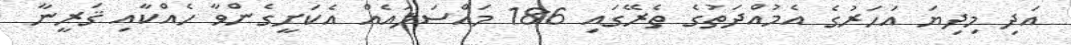
އަދި މިދިޔަ އަހަރުގެ އެމުއްދަތުގެ ތެރޭގައި 186 މައްސަލައެއް އެކަށީގެންވާ ހެއްކާއި ޤަރީނާ